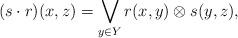
LaTeX: \begin{align*} (s \cdot r)(x,z)=\bigvee_{y \in Y} r(x,y) \otimes s(y,z),\end{align*}